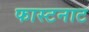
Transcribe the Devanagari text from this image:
फास्टनाट